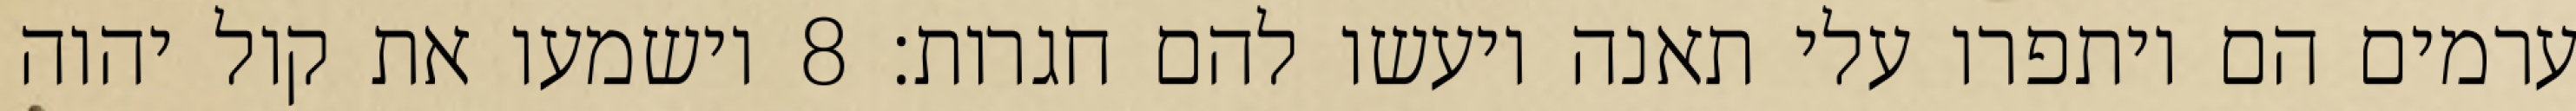
ערמים הם ויתפרו עלי תאנה ויעשו להם חגרות׃ ‎8‏ וישמעו את קול יהוה